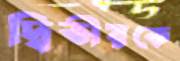
দ্বিতীয়কে